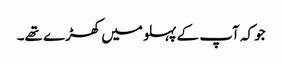
جو کہ آپ کے پہلو میں کھڑے تھے۔